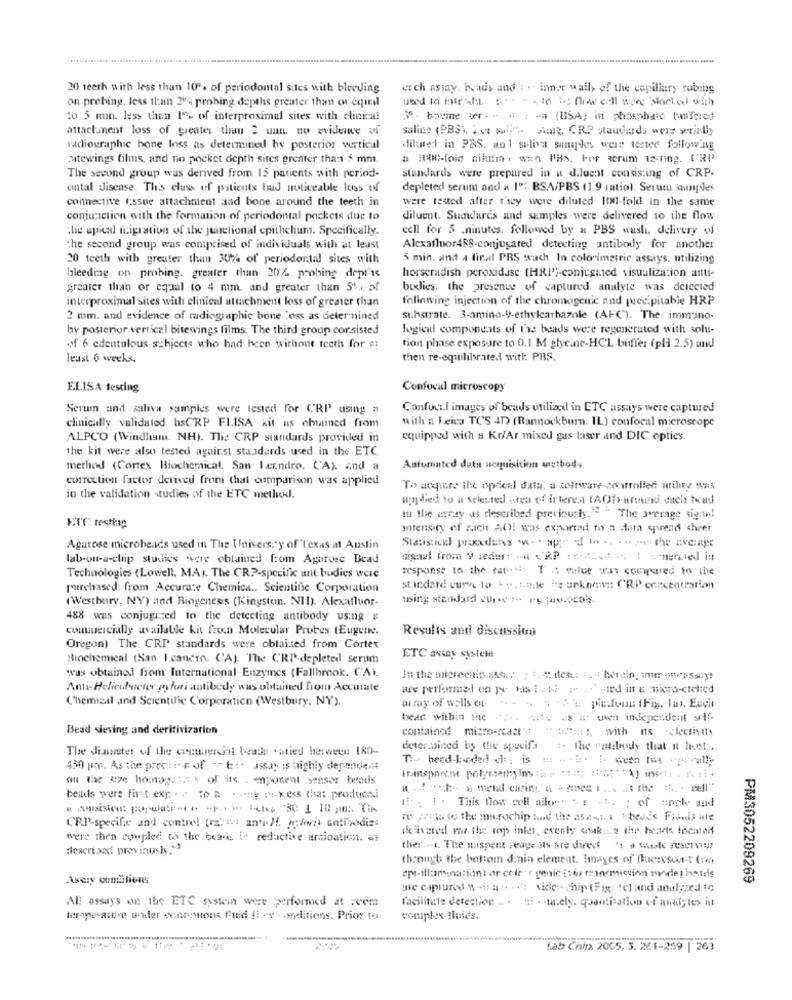
20 teeth with less than 10% of periodontal sites with bloeding
ech assay. Hads and : . . inner wails of the capillary rubms
on probing, less than 204 probing depths greater than or equil
used so farhas to be flow call wire social ofth
to 5 min. less then 1% of interproximal sites with clinical
3. bovine ter .. : - (BSA) in phosphate buffered
attachment loss of greater than 2 uun. no evidence vi
saline (PBS), A ve sull'. sing, CRP standards were weil.By
radiographic bone loss as determined by posterior vertical
diluted in PBS. an 1 soliva sunaples were tested following
bitewings films, and no pocket depth sites greater than $ mm
a 100-foid aifurin: ama PHs. For acrum vesmag. CRP
The second group was derived from 15 patients with period-
standards were prepared in a diluent consisting of CRP.
antal disease. This class of patients had noticeable loss of
depleted serum and a 1": BSA/PBS (1.9 ratio). Serumu saunples
connective tissue attachment and bone around the teeth in
were tested after t'sey were diluted 100-fold in the same
conjunction with the formation of periodontal pockets due to
diluent. Sumdares and samples were delivered to the flow
the apical migration of the junctional epithelium. Specifically.
cell for 5 .ninutes, followed by a PBS washi. delivery of
the second group was comprised of individuals with at least
Alexafluor48S-conjugated detecting antibody for another
20 teeth with greater than 30% of periodor.tal sites with
5 min, and a final PRS wach In colorimetric assays, utilizing
bleeding on probing. greater than 20% prohing dept is
horseradish peroxidase (HRI ;- conjugated visualization anti-
greater than or equal to 4 mm. and greater than 5%, of
budies, the presence of captured analyte was detected
felinwing injection of the chromogenic and precipitable HRP
interproximal sites with clinical attachment loss of greater than
2 mm. and evidence of radiographic bone loss as determined
sthatrate. 3-amino-y-ethylcarhazle (AFC"). The immuno-
by posterior vertical bitewings films. The third group cor.sisted
logical components of l'as beads were regenerated with solu-
of 6 edentulous schjects who had heen withont teeth for a:
tion phase exposure to 0.1 M glycine-HCL buffer (pl 2.5) und
least 6 weeks.
then re-equilibrated with: PRS.
ELISA testing
Confocal microscopy
Scrum and saliva samples were tested for CRI using #
Confocal images of beads utilized in ETC assays were captured
with a beica TCS 4D (Rannockburn. IL) confocal microscope
clinically validated hsCRP FLISA xit as obtained from
ALPCO (Windham. NH). The CRP standards provided in
equipped with a Kr/Ar mixed gas laser and DIC opties.
the kit were also tested against standards used in the ETC.
method (Cortex Biochemical. San Læendro. CA). and a
Aaturated data acquisition wetbody
correction factor derived from that comparison was applied
To acquire the oprical data, a software-coorrolled utility w$5
in the validation studies of the ETC metliod.
upplied to u selected een of interest (AOD-around euch terad
In the array as described precioushy."" " The average sig;th!
ETC. resting
Intensity of mach ACH! was exported to a dam spread cheer
Agarose microbeads used in The University of'l'exas at Austin
Statistical procudens .. . apdf tothe ENcap
lab-on-a-clip studies were obtained from Agarose Bead
signal from 9 redur" ... CRP :nothot .. t merited itt
response to the fans. T .: value wat compared to the
Technologies (Lowell, MA). The CR ?- specific ant. budies were
purchased from Accurate Chemica .. Scientific Corporation
standard curve lo - ", umie ing unknown: ('RP concentration
(Westbury, NY) and Riogenesis (Kingston. NID). Alexafluor-
using standard cures :- re protocols.
488 was conjugized to the detecting antibody using a
cuutuelcially available kit fron Molecular Probes (Eugene.
Results and discussion
Oregon) The CRP standards were obtained from Cortex
Biochemical (San I.cancro. CAJ. The CRI-depleted serum
was obtained from International Enzymes (Fallbrook. CA).
In the nilerechip 2stk: - 1 .- det: : . herein, ime outcussnyt
Anti-Helicobacter pyfuri antibody was obtained from Accurate
are performed on pe bas tant and ated in a micro-ciched
Chemical and Scientific Corporation (Westbury, NY).
ai ray of wells ct-
bear within the ...
Bead sieving and deritivization
contained micro-react's " t.f =: 1, with its lectivily
The diameter of the commerces beads vatied between 180-
deter.nined by the specifa
Ti- heed-laedad :; is = " .i: i. ween tra - rally
4.30 proc. As the pression of bio assay is highly dependent
all the #:ze homage six of its . aponent sanser headis
a ... ...-- a metal casing. a > nine Iis at the th - cell"
bells were fint exp . - to a . - ig . kess that producei
Il. : 1 . This flow ell allon ". r .t. : of unk and
na praia to the microchip fort the asest. 1 1 bevis Finis are
CP.P-specific and control (rativt anti- H. maieri) antibodies
skivered rid the top inler, evenly soakn. 2 the heads Incited
were then coupled to the beari ia redactive arsination. as
described prev inushy; "3
ther. .. The nuispent reage is pre direst 't d waste reservasis
through the bottom drain element. Images of Queresort (w)
epi-itlamination or cole genic [the anemiction more] heads
Avery conditions
PM3052209269
are captures w-in a .. ..: sider. chip (Fig. 1Cl and analyzed fc
All assays on the ETC systemn were performed at scema
Facilitate detection .. . . . - mely. quantitation of analyles ist
teroperartre under continous fuid fi -v . . moditions. Prior to
complex fluids.
Lab Chip. 2005, 3. 261-259 | 263